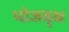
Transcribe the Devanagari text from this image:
भोजवृक्ष